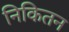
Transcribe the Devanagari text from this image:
निकितन